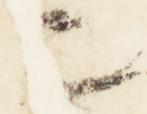
匕